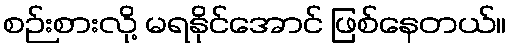
စဉ်းစားလို့ မရနိုင်အောင် ဖြစ်နေတယ်။